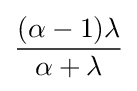
{\frac {(\alpha -1)\lambda }{\alpha +\lambda }}